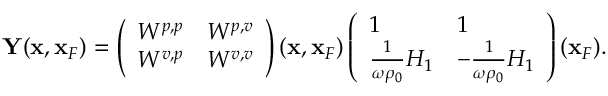
\begin{array} { r l r } & { } & { { \bf Y } ( { \bf x } , { \bf x } _ { F } ) = \left( \begin{array} { l l } { W ^ { p , p } } & { W ^ { p , v } } \\ { W ^ { v , p } } & { W ^ { v , v } } \end{array} \right) ( { \bf x } , { \bf x } _ { F } ) \left( \begin{array} { l l } { 1 } & { 1 } \\ { \frac { 1 } { \omega \rho _ { 0 } } { \cal H } _ { 1 } } & { - \frac { 1 } { \omega \rho _ { 0 } } { \cal H } _ { 1 } } \end{array} \right) ( { \bf x } _ { F } ) . } \end{array}